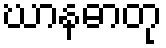
ဃာနဓာတု